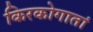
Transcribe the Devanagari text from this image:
किरकोगातां